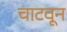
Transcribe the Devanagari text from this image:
चाटवून